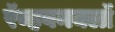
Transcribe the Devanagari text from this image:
रॅव्हवनक्लॉ